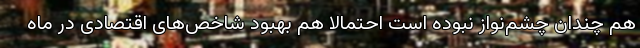
هم چندان چشم‌نواز نبوده است احتمالا هم بهبود شاخص‌های اقتصادی در ماه